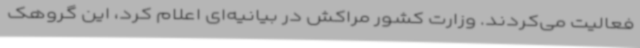
فعالیت می‌کردند. وزارت کشور مراکش در بیانیه‌ای اعلام کرد، این گروهک